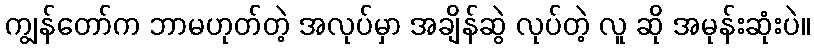
ကျွန်တော်က ဘာမဟုတ်တဲ့ အလုပ်မှာ အချိန်ဆွဲ လုပ်တဲ့ လူ ဆို အမုန်းဆုံးပဲ။